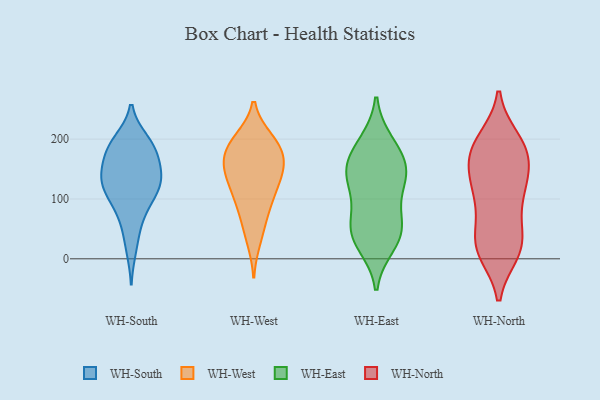
{"axis": {"x": "Revenue (USD Million)", "y": "Value"}, "legend": ["WH-East", "WH-North", "WH-South", "WH-West"], "data": [{"x": "", "y": 52, "type": "WH-South"}, {"x": "", "y": 129, "type": "WH-South"}, {"x": "", "y": 195, "type": "WH-South"}, {"x": "", "y": 133, "type": "WH-South"}, {"x": "", "y": 76, "type": "WH-South"}, {"x": "", "y": 185, "type": "WH-South"}, {"x": "", "y": 197, "type": "WH-South"}, {"x": "", "y": 120, "type": "WH-South"}, {"x": "", "y": 139, "type": "WH-South"}, {"x": "", "y": 98, "type": "WH-South"}, {"x": "", "y": 155, "type": "WH-South"}, {"x": "", "y": 188, "type": "WH-South"}, {"x": "", "y": 162, "type": "WH-South"}, {"x": "", "y": 100, "type": "WH-South"}, {"x": "", "y": 17, "type": "WH-South"}, {"x": "", "y": 135, "type": "WH-South"}, {"x": "", "y": 119, "type": "WH-South"}, {"x": "", "y": 181, "type": "WH-South"}, {"x": "", "y": 164, "type": "WH-West"}, {"x": "", "y": 112, "type": "WH-West"}, {"x": "", "y": 141, "type": "WH-West"}, {"x": "", "y": 166, "type": "WH-West"}, {"x": "", "y": 32, "type": "WH-West"}, {"x": "", "y": 191, "type": "WH-West"}, {"x": "", "y": 190, "type": "WH-West"}, {"x": "", "y": 90, "type": "WH-West"}, {"x": "", "y": 129, "type": "WH-West"}, {"x": "", "y": 146, "type": "WH-West"}, {"x": "", "y": 94, "type": "WH-West"}, {"x": "", "y": 199, "type": "WH-West"}, {"x": "", "y": 153, "type": "WH-West"}, {"x": "", "y": 58, "type": "WH-West"}, {"x": "", "y": 194, "type": "WH-West"}, {"x": "", "y": 155, "type": "WH-East"}, {"x": "", "y": 47, "type": "WH-East"}, {"x": "", "y": 193, "type": "WH-East"}, {"x": "", "y": 144, "type": "WH-East"}, {"x": "", "y": 25, "type": "WH-East"}, {"x": "", "y": 183, "type": "WH-East"}, {"x": "", "y": 41, "type": "WH-East"}, {"x": "", "y": 48, "type": "WH-East"}, {"x": "", "y": 69, "type": "WH-East"}, {"x": "", "y": 120, "type": "WH-East"}, {"x": "", "y": 151, "type": "WH-East"}, {"x": "", "y": 127, "type": "WH-East"}, {"x": "", "y": 107, "type": "WH-North"}, {"x": "", "y": 124, "type": "WH-North"}, {"x": "", "y": 11, "type": "WH-North"}, {"x": "", "y": 199, "type": "WH-North"}, {"x": "", "y": 25, "type": "WH-North"}, {"x": "", "y": 136, "type": "WH-North"}, {"x": "", "y": 69, "type": "WH-North"}, {"x": "", "y": 190, "type": "WH-North"}, {"x": "", "y": 135, "type": "WH-North"}, {"x": "", "y": 166, "type": "WH-North"}, {"x": "", "y": 17, "type": "WH-North"}, {"x": "", "y": 184, "type": "WH-North"}, {"x": "", "y": 16, "type": "WH-North"}, {"x": "", "y": 182, "type": "WH-North"}, {"x": "", "y": 31, "type": "WH-North"}, {"x": "", "y": 160, "type": "WH-North"}, {"x": "", "y": 78, "type": "WH-North"}, {"x": "", "y": 17, "type": "WH-North"}, {"x": "", "y": 114, "type": "WH-North"}, {"x": "", "y": 193, "type": "WH-North"}]}